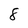
Character: 8